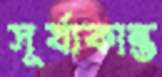
সূর্য্যকান্ত